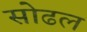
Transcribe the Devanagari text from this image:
सोढल